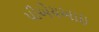
પીએચઆઇ